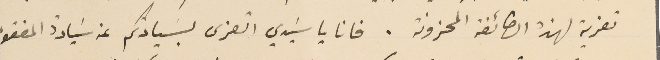
تعزية لهذه الطائفة المحزونة. فانا يا سَيدي اتعزى بسَيادتكم عن سَيادةُ المفقود